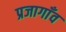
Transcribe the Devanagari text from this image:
प्रजागाँव